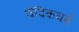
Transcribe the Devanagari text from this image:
वैदिकधर्म